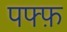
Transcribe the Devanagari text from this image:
पफ्फ़